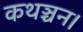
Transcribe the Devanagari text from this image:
कथञ्चन।